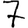
Digit: 7